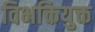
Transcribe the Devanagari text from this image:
विभक्तियुक्त